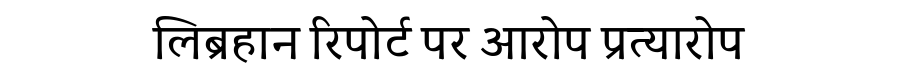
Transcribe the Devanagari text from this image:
लिब्रहान रिपोर्ट पर आरोप प्रत्यारोप